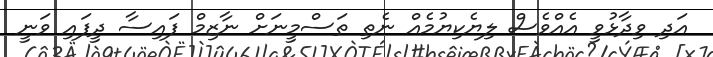
އަދި ވިދާޅުވީ އެއްވެސް ލިޔެކިޔުމެއް ނެތި ތަސްމީނަށް ނާޒިމް ފައިސާ ދީފައި ވަނީ